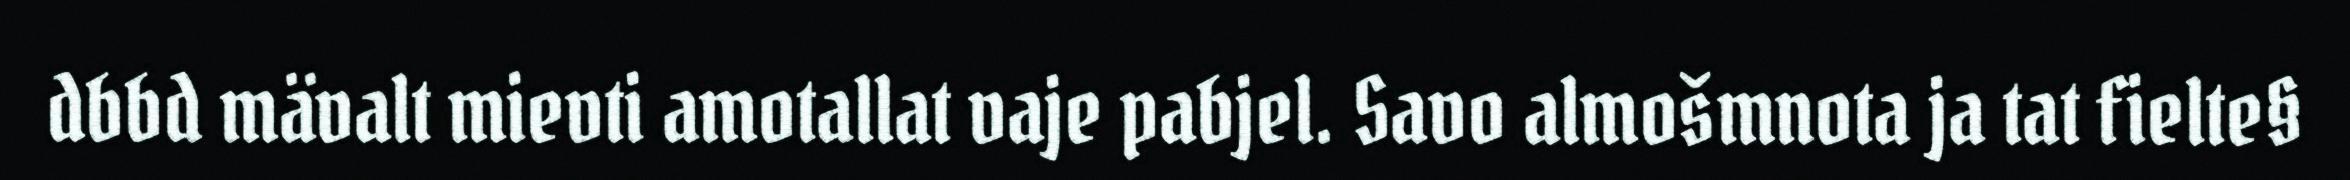
dbbd mävalt mievti amotallat vaje pabjel. Savo almošmnota ja tat fielte§